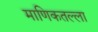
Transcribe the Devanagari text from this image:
माणिकतल्ला